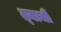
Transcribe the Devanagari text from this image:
त्‍याची